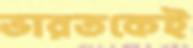
ভারতকেই